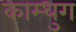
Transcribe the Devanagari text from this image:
काम्धुग